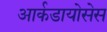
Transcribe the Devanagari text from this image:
आर्कडायोसेस